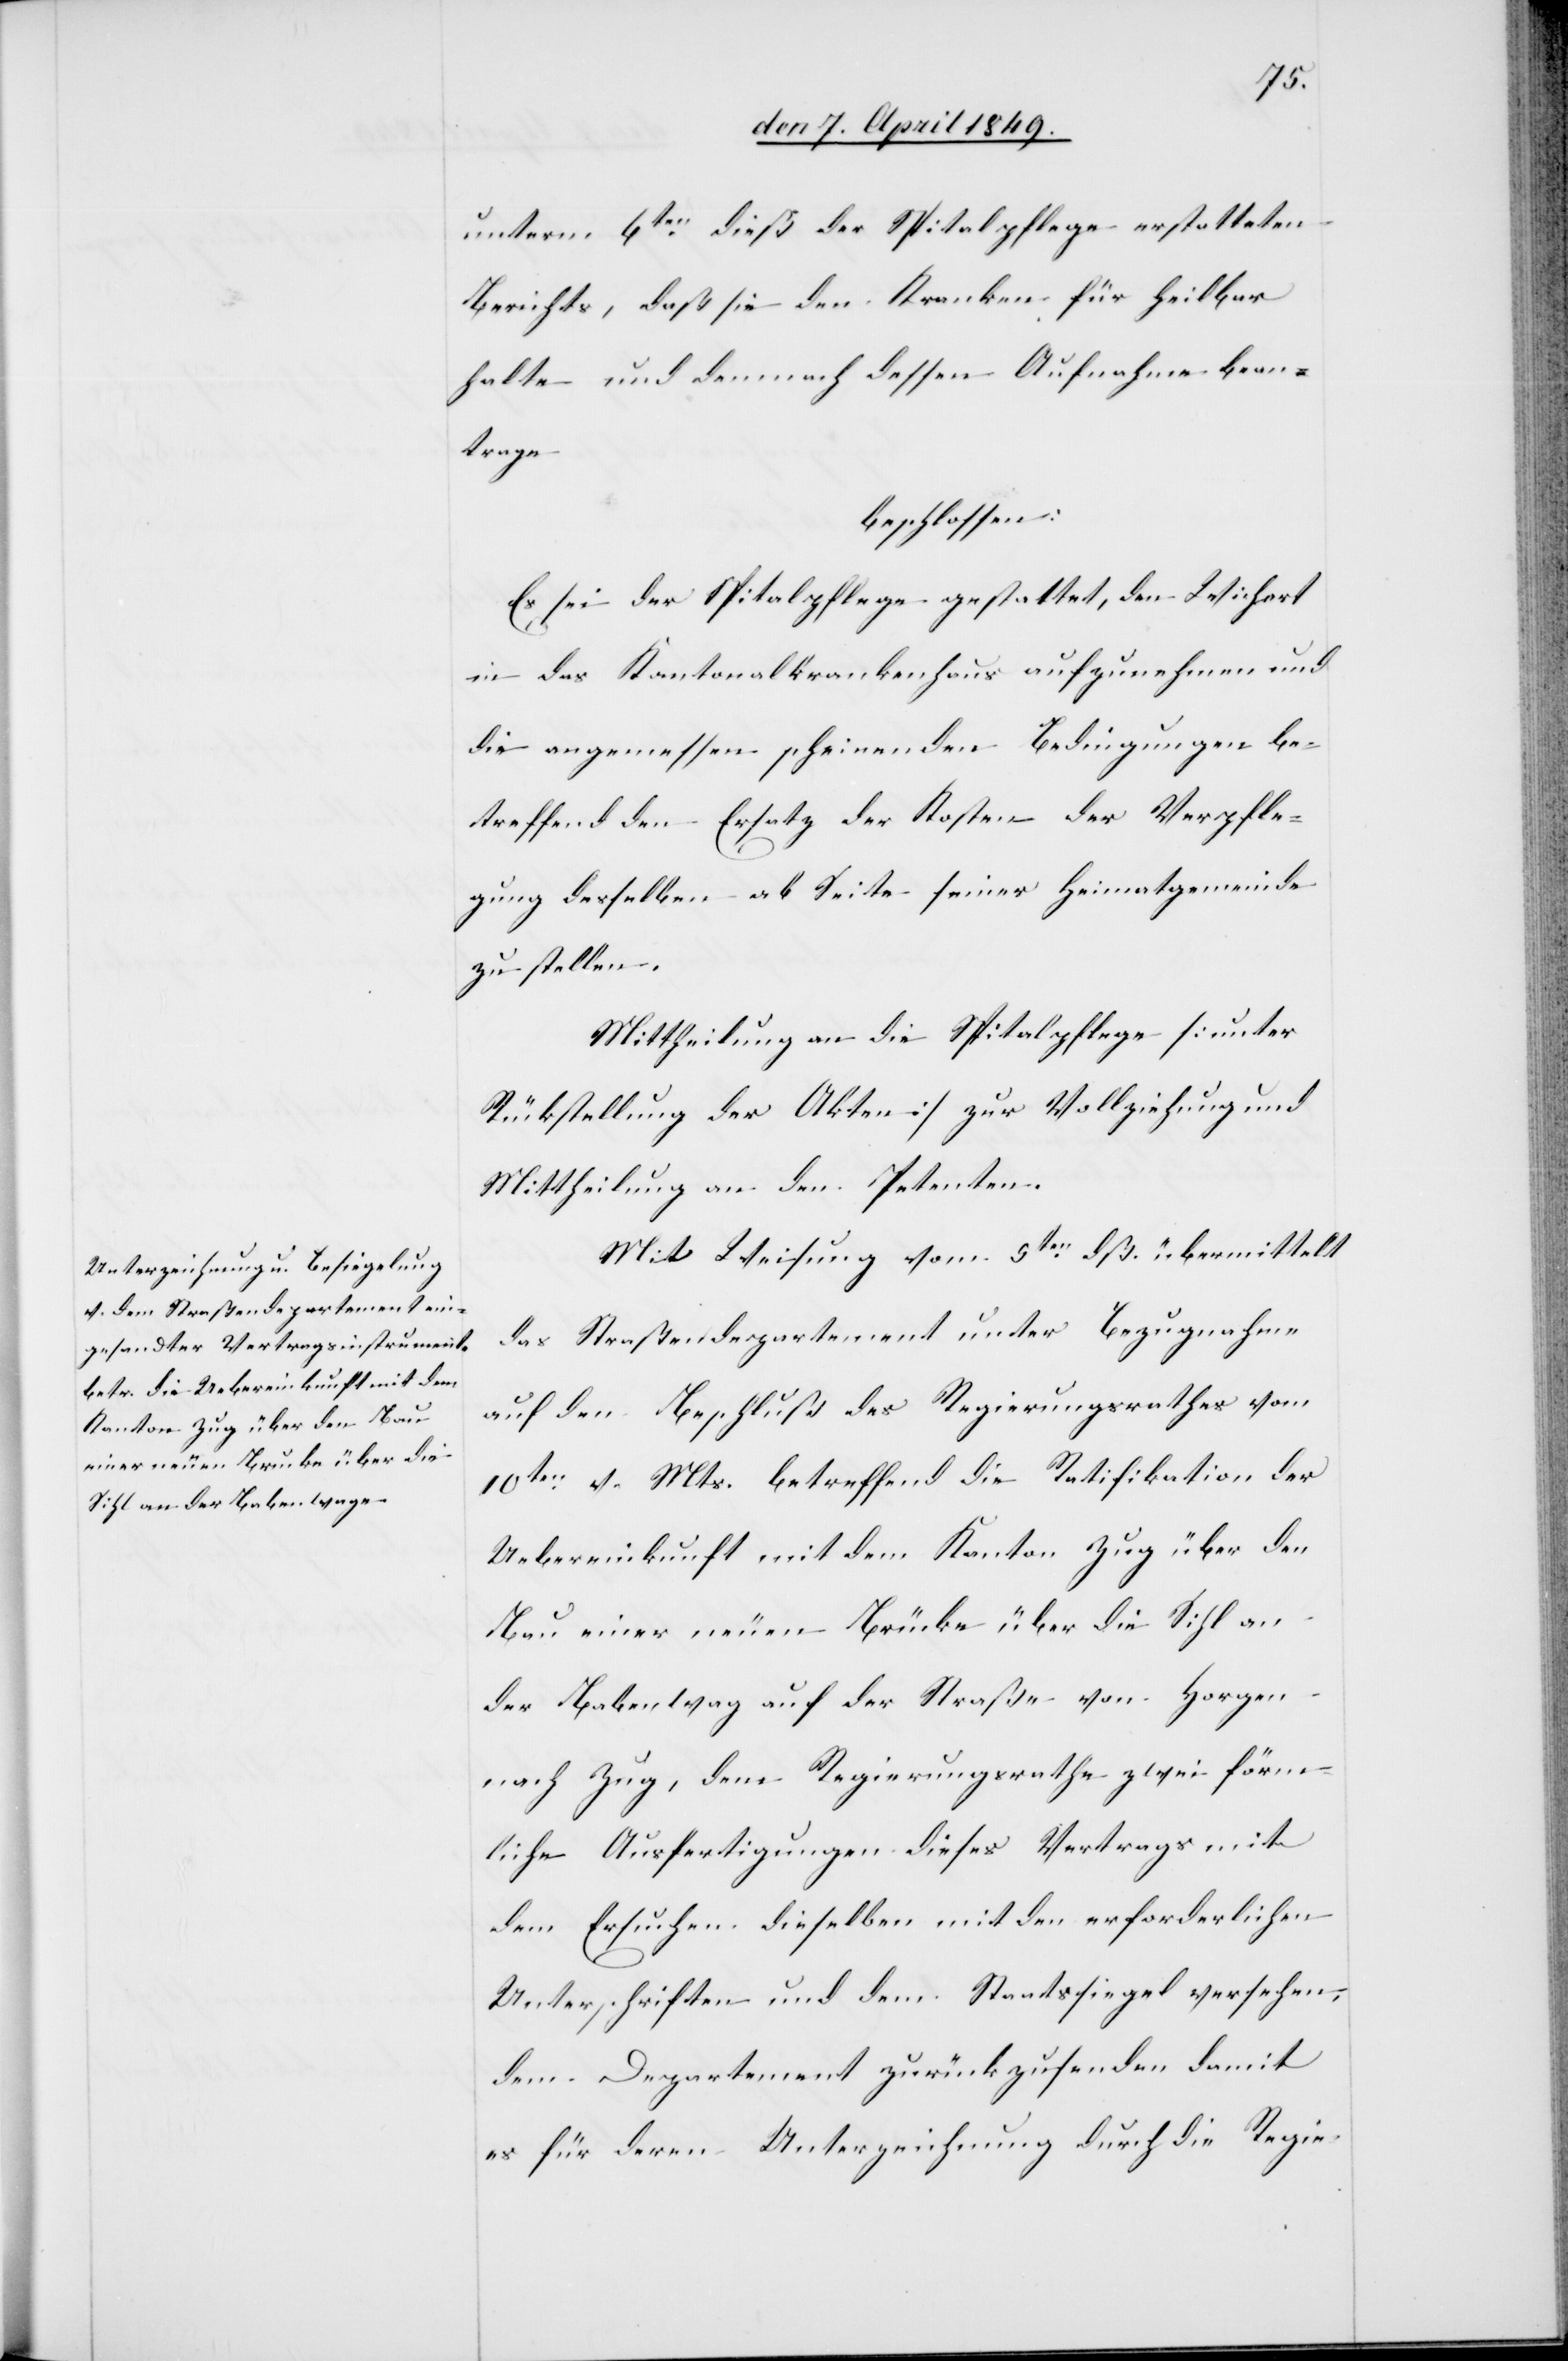
unterm 6ten dieß der Spitalpflege erstatteten
Berichts, daß sie den Kranken für heilbar
halte und demnach dessen Aufnahme bean¬
trage
beschlossen:
Es sei der Spitalpflege gestattet, den Wichert
in das Kantonalkrankenhaus aufzunehmen und
die angemessen scheinenden Bedingungen be¬
treffend den Ersatz der Kosten der Verpfle¬
gung desselben ab Seite seiner Heimatgemeinde
zu stellen.
Mittheilung an die Spitalpflege [unter
Rückstellung der Akten] zur Vollziehung und
Mittheilung an den Petenten.
Mit Weisung vom 5ten dß. übermittelt
das Straßendepartement unter Bezugnahme
auf den Beschluß des Regierungsrathes vom
10ten v. Mts. betreffend die Ratifikation der
Uebereinkunft mit dem Kanton Zug über den
Bau einer neuen Brücke über die Sihl an
der Babenwag auf der Straße von Horgen
nach Zug, dem Regierungsrathe zwei förm¬
liche Ausfertigungen dieses Vertrags mit
dem Ersuchen dieselben mit den erforderlichen
Unterschriften und dem Staatssiegel versehen;
dem Departemente zurückzusenden damit
es für deren Unterzeichnung durch die Regie-